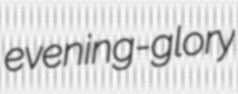
evening-glory